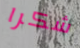
شكرا